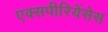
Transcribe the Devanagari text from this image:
एक्सपीरियेंसेस